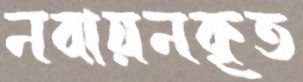
নবায়নকৃত